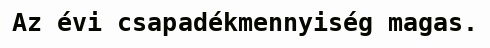
Az évi csapadékmennyiség magas.